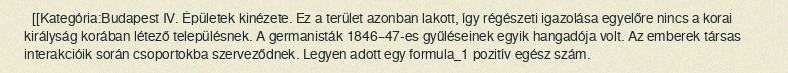
[[Kategória:Budapest IV. Épületek kinézete. Ez a terület azonban lakott, így régészeti igazolása egyelőre nincs a korai királyság korában létező településnek. A germanisták 1846–47-es gyűléseinek egyik hangadója volt. Az emberek társas interakcióik során csoportokba szerveződnek. Legyen adott egy formula_1 pozitív egész szám.